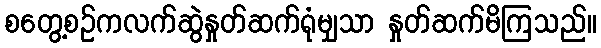
စတွေ့စဉ်ကလက်ဆွဲနှုတ်ဆက်ရုံမျှသာ နှုတ်ဆက်မိကြသည်။